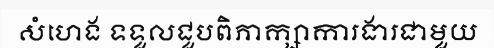
សំហេង ទទួលជួបពិភាក្សាការងារជាមួយ